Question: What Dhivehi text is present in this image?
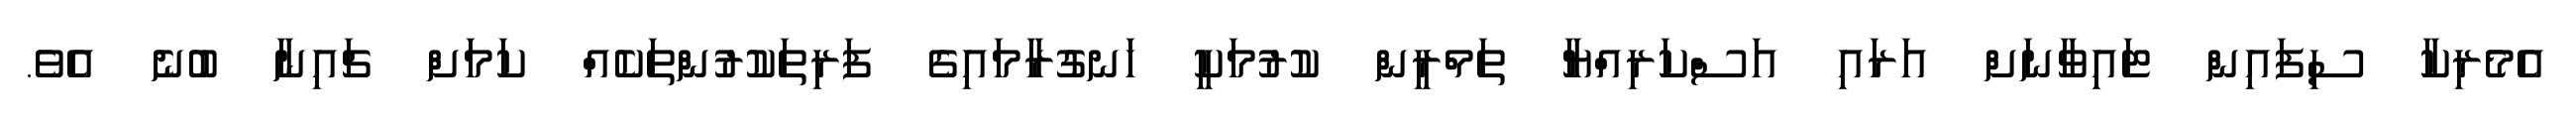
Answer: އެމެރިކާ ސިފައިން ޓައިވާނަށް އަރައި އަސްކަރިއްޔާ ތަމްރީން ކުރުމަކީ ހަނގުރާމައިގެ ފަރިތަކުރުންތަކެއް ކަމަށް ޗައިނާ ބުނެ އެވެ.